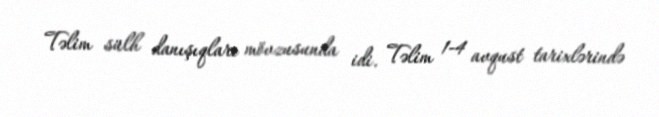
Təlim sülh danışıqları mövzusunda idi. Təlim 1-4 avqust tarixlərində